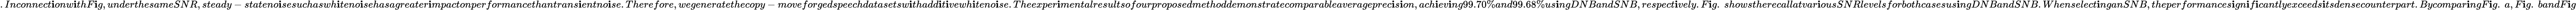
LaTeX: .Inconnect\mathbf{i}onw\mathbf{i}thF\mathbf{i}g,underthesameSNR,steady-stateno\mathbf{i}sesuchaswh\mathbf{i}teno\mathbf{i}sehasagreater\mathbf{i}mpactonperformancethantrans\mathbf{i}entno\mathbf{i}se.Therefore,wegeneratethecopy-moveforgedspeechdatasetsw\mathbf{i}thadd\mathbf{i}t\mathbf{i}vewh\mathbf{i}teno\mathbf{i}se.Theexper\mathbf{i}mentalresultsofourproposedmethoddemonstratecomparableaverageprec\mathbf{i}s\mathbf{i}on,ach\mathbf{i}ev\mathbf{i}ng99.70\% and99.68\% us\mathbf{i}ngDNBandSNB,respect\mathbf{i}vely.F\mathbf{i}g.~showstherecallatvar\mathbf{i}ousSNRlevelsforbothcasesus\mathbf{i}ngDNBandSNB.Whenselect\mathbf{i}nganSNB,theperformances\mathbf{i}gn\mathbf{i}f\mathbf{i}cantlyexceeds\mathbf{i}tsdensecounterpart.Bycompar\mathbf{i}ngF\mathbf{i}g.~a,F\mathbf{i}g.~bandF\mathbf{i}g